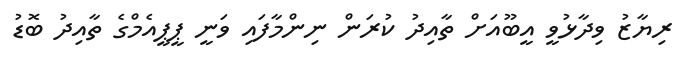
ރިޔާޒު ވިދާޅުވީ އީބޫއަށް ތާއިދު ކުރަން ނިންމާފައި ވަނީ ޕީޕީއެމްގެ ތާއިދު ބޮޑު